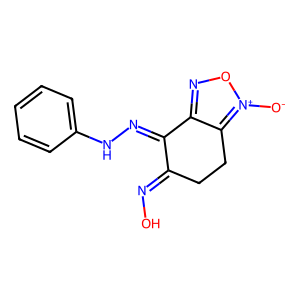
SMILES: [O-][n+]1onc2c1CCC(=NO)C2=NNc1ccccc1
Inhibits HIV replication: No